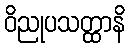
ဝိညုပသတ္ထာနိ